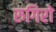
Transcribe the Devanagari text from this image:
रुगिरो